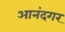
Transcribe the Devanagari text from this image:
आनंदगर